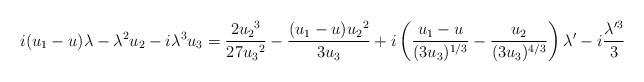
LaTeX: \begin{align*} i(u_1-{{u}}) \lambda -\lambda^2 u_2-i\lambda^3 u_3=\frac{2 {u_2}^3}{27{u_3}^2}- \frac{(u_1-{{u}}) {u_2}^2}{3{u_3}}+i\left( \frac{u_1-{{u}}}{(3u_3)^{1/3}}- \frac{u_2}{(3u_3)^{4/3}} \right)\lambda' -i \frac{\lambda'^3}{3}\end{align*}